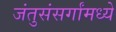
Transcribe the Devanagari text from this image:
जंतुसंसर्गांमध्ये